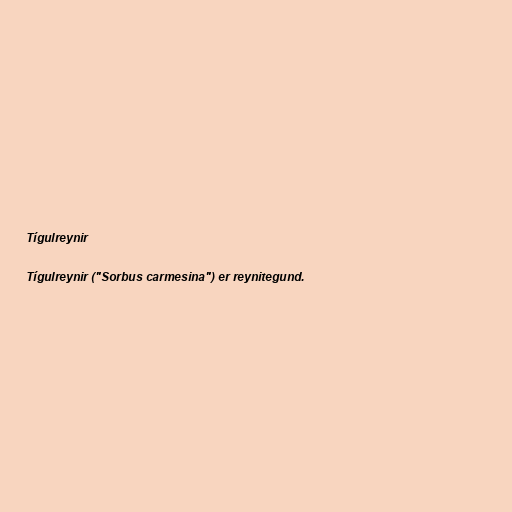
Tígulreynir

Tígulreynir ("Sorbus carmesina") er reynitegund.